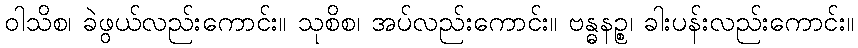
ဝါသိစ၊ ခဲဖွယ်လည်းကောင်း။ သုစိစ၊ အပ်လည်းကောင်း။ ဗန္ဓနဉ္စ၊ ခါးပန်းလည်းကောင်း။